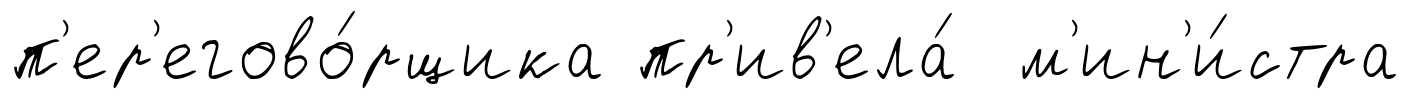
п'ер'егово́рщика пр'ив'ела́ м'ин'и́стра